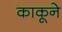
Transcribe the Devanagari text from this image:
काकूने